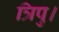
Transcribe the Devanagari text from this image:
त्रिपु।